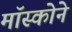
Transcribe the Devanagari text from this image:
मॉस्कोने